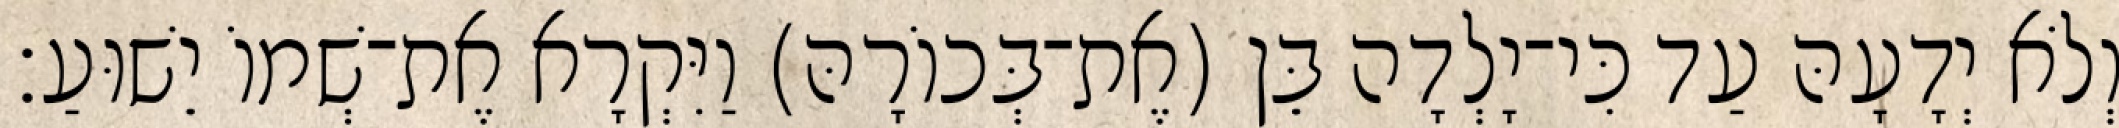
וְלֹא יְדָעָהּ עַד כִּי־יָלְדָה בֵּן (אֶת־בְּכוֹרָהּ) וַיִּקְרָא אֶת־שְׁמוֹ יֵשׁוּעַ׃